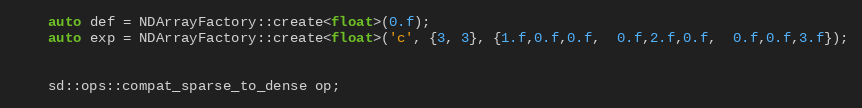
Language: C++
    auto def = NDArrayFactory::create<float>(0.f);
    auto exp = NDArrayFactory::create<float>('c', {3, 3}, {1.f,0.f,0.f,  0.f,2.f,0.f,  0.f,0.f,3.f});

    sd::ops::compat_sparse_to_dense op;